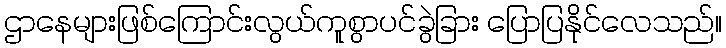
ဌာနေများဖြစ်ကြောင်းလွယ်ကူစွာပင်ခွဲခြား ပြောပြနိုင်လေသည်။